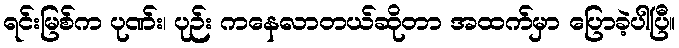
ရင်းမြစ်က ပုဏ်း၊ ပုဉ်း ကနေလာတယ်ဆိုတာ အထက်မှာ ပြောခဲ့ပါပြီ။